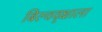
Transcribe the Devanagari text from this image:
बिल्ववृक्षाला